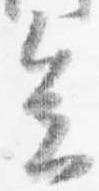
会